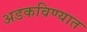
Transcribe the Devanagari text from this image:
अडकविण्यात